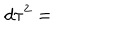
d \tau ^ { 2 } =